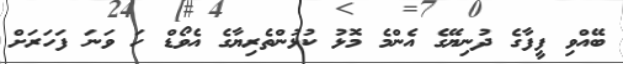
ބޭއްވި ފީފާގެ ދުނިޔޭގެ އެންމެ މޮޅު ކުޅުންތެރިޔާގެ އެވޯޑް ހަ ވަނަ ފަހަރަށް